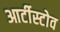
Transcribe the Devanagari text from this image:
आर्टीस्टोव